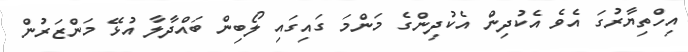
އިހްތިޔާރުގަ އެވެ އެކުދިން އެކުދިންގެ މަންމަ ގައިގައި ލޯބިން ބައްދާލާ އުޅޭ މަންޒަރުން